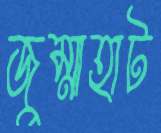
জুম্মাহাট